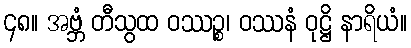
၄၈။ အဗ္ဘံ တီသွထ ဝဿဉ္စ၊ ဝဿနံ ဝုဋ္ဌိ နာရိယံ။